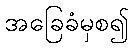
အခြေခံမှစ၍